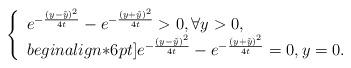
LaTeX: \begin{align*}\left\{\begin{array}{ll}e^{-\frac{(y-\tilde{y})^2}{4t}} - e^{-\frac{(y+\tilde{y})^2}{4t}} >0,\forall y>0, \\begin{align*}6pt]e^{-\frac{(y-\tilde{y})^2}{4t}} - e^{-\frac{(y+\tilde{y})^2}{4t}} =0,y=0.\end{array}\right.\end{align*}